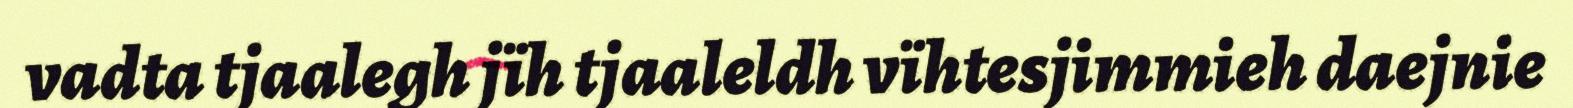
vadta tjaalegh jïh tjaaleldh vïhtesjimmieh daejnie